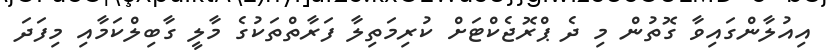
އިއުލާންގައިވާ ގޮތުން މި ދެ ޕްރޮޖެކްޓަށް ކުރިމަތިލާ ފަރާތްތަކުގެ މާލީ ގާބިލްކަމާއި މިފަދަ